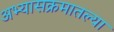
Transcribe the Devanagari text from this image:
अभ्यासक्रमातल्या